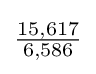
{\tfrac {15,617}{6,586}}